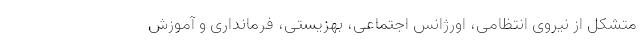
متشکل از نیروی انتظامی، اورژانس اجتماعی، بهزیستی، فرمانداری و آموزش